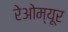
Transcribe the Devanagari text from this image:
रेओम्यूर